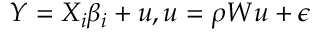
\begin{array} { r } { Y = X _ { i } \beta _ { i } + u , u = \rho W u + \epsilon } \end{array}